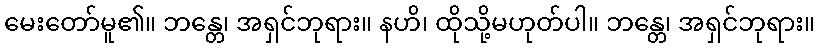
မေးတော်မူ၏။ ဘန္တေ၊ အရှင်ဘုရား။ နဟိ၊ ထိုသို့မဟုတ်ပါ။ ဘန္တေ၊ အရှင်ဘုရား။